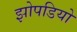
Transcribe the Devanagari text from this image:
झोपडियो